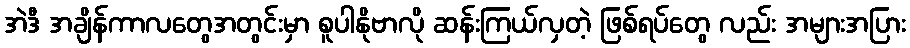
အဲဒီ အချိန်ကာလတွေအတွင်းမှာ စူပါနိုဗာလို ဆန်းကြယ်လှတဲ့ ဖြစ်ရပ်တွေ လည်း အများအပြား